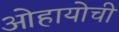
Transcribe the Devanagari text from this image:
ओहायोची